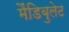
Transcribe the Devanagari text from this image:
मैंडिबुलेट